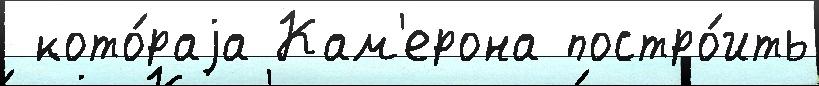
 кото́раjа Кам'ерона постро́ить